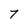
Character: 7